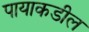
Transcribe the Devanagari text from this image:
पायाकडील